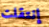
إنتقلت